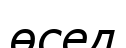
өсед